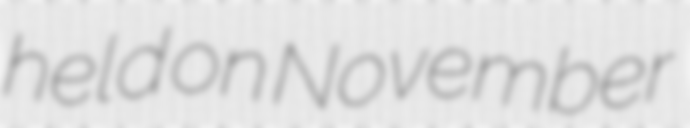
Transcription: held on November